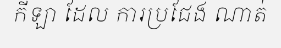
កីឡា ដែល ការប្រជែង ណាត់